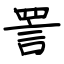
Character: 詈